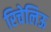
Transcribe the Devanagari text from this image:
रिचेलिऊ